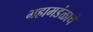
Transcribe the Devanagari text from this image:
महामडंळाचे